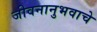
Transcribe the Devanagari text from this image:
जीवनानुभवाचे